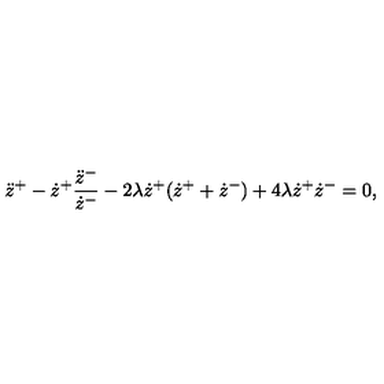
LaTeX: \ddot { z } ^ { + } - \dot { z } ^ { + } \frac { \ddot { z } ^ { - } } { \dot { z } ^ { - } } - 2 \lambda \dot { z } ^ { + } ( \dot { z } ^ { + } + \dot { z } ^ { - } ) + 4 \lambda \dot { z } ^ { + } \dot { z } ^ { - } = 0 ,